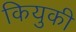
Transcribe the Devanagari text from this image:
कियुकी